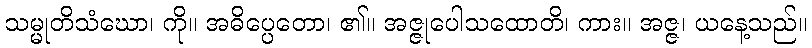
သမ္မုတိသံဃော၊ ကို။ အဓိပ္ပေတော၊ ၏။ အဇ္ဇုပေါသထောတိ၊ ကား။ အဇ္ဇ၊ ယနေ့သည်။